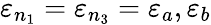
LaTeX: \varepsilon_{n_{1}}=\varepsilon_{n_{3}}=\varepsilon_{a},\varepsilon_{b}